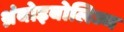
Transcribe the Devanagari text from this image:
थ्रंबोइबोलिज्म